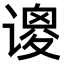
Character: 𫍺